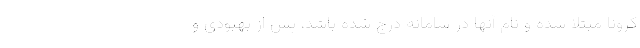
کرونا مبتلا شده و نام آنها در سامانه درج شده باشد، پس از بهبودی و